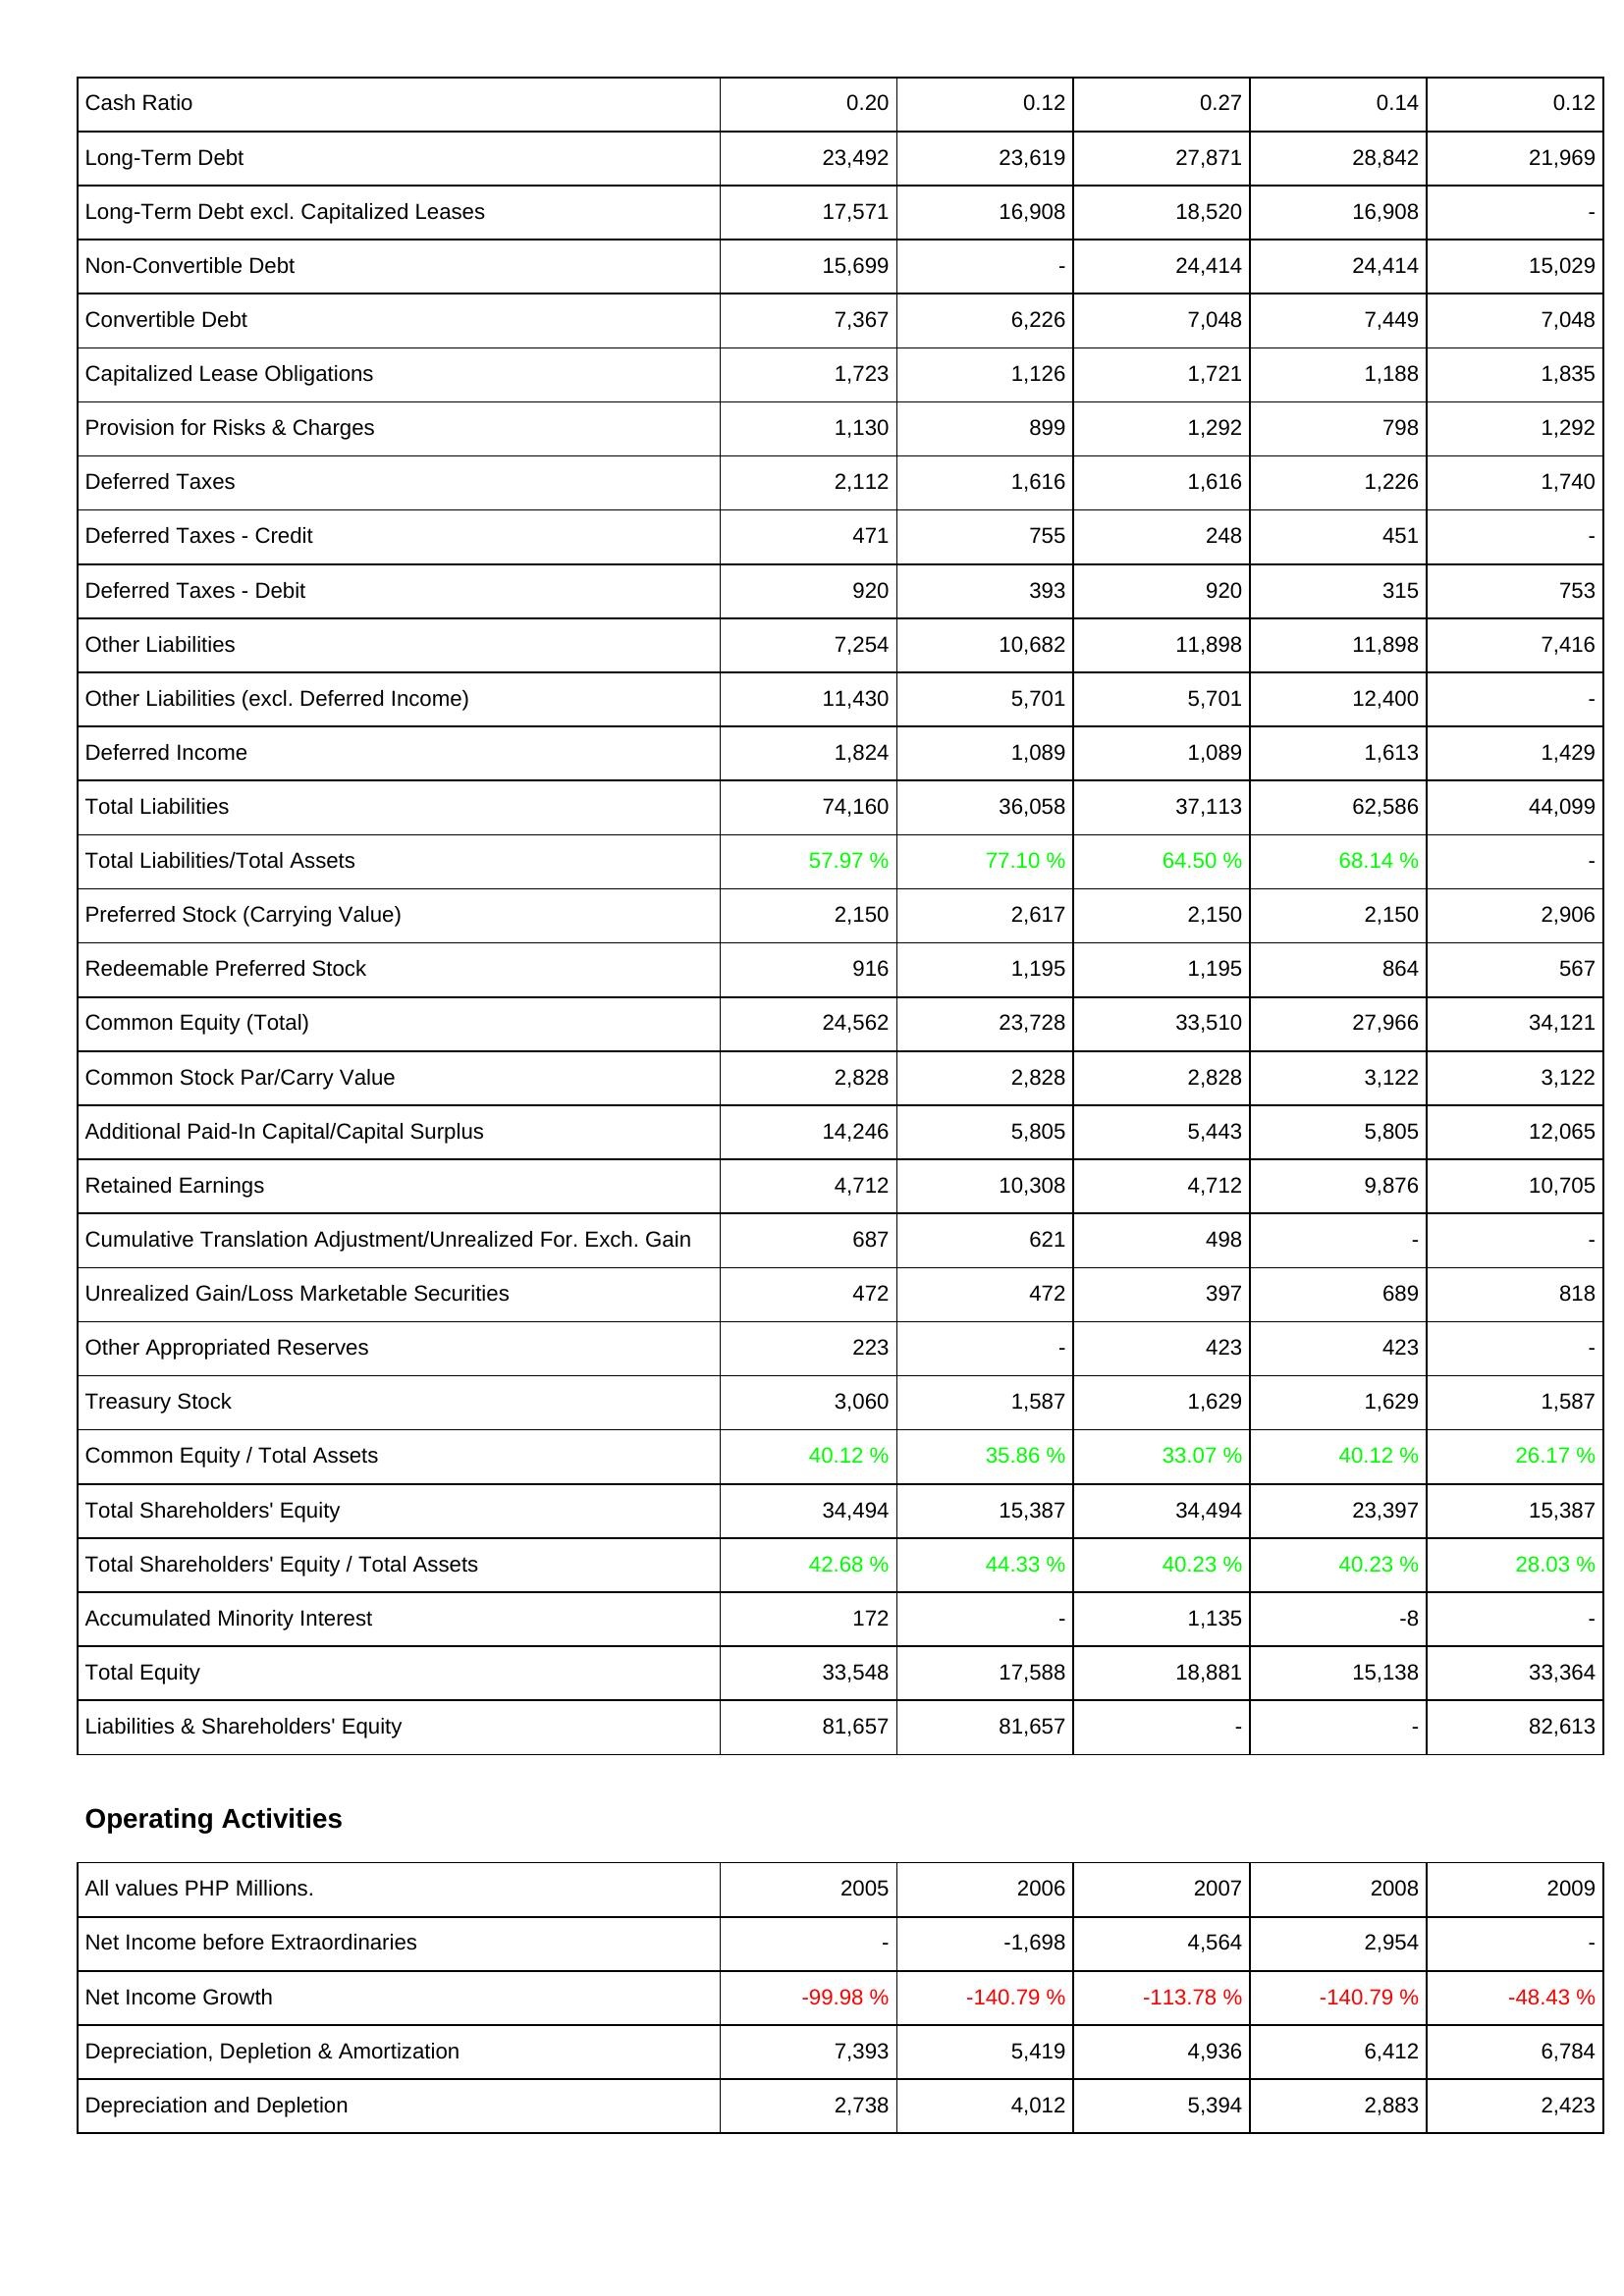
2005: Liabilities & Shareholders' Equity: Cash Ratio: 0.20
Long-Term Debt: 23,492
Long-Term Debt excl. Capitalized Leases: 17,571
Non-Convertible Debt: 15,699
Convertible Debt: 7,367
Capitalized Lease Obligations: 1,723
Provision for Risks & Charges: 1,130
Deferred Taxes: 2,112
Deferred Taxes - Credit: 471
Deferred Taxes - Debit: 920
Other Liabilities: 7,254
Other Liabilities (excl. Deferred Income): 11,430
Deferred Income: 1,824
Total Liabilities: 74,160
Total Liabilities/Total Assets: 57.97 %
Preferred Stock (Carrying Value): 2,150
Redeemable Preferred Stock: 916
Common Equity (Total): 24,562
Common Stock Par/Carry Value: 2,828
Additional Paid-In Capital/Capital Surplus: 14,246
Retained Earnings: 4,712
Cumulative Translation Adjustment/Unrealized For. Exch. Gain: 687
Unrealized Gain/Loss Marketable Securities: 472
Other Appropriated Reserves: 223
Treasury Stock: 3,060
Common Equity / Total Assets: 40.12 %
Total Shareholders' Equity: 34,494
Total Shareholders' Equity / Total Assets: 42.68 %
Accumulated Minority Interest: 172
Total Equity: 33,548
Liabilities & Shareholders' Equity: 81,657
Operating Activities: Net Income before Extraordinaries: -
Net Income Growth: -99.98 %
Depreciation, Depletion & Amortization: 7,393
Depreciation and Depletion: 2,738
2006: Liabilities & Shareholders' Equity: Cash Ratio: 0.12
Long-Term Debt: 23,619
Long-Term Debt excl. Capitalized Leases: 16,908
Non-Convertible Debt: -
Convertible Debt: 6,226
Capitalized Lease Obligations: 1,126
Provision for Risks & Charges: 899
Deferred Taxes: 1,616
Deferred Taxes - Credit: 755
Deferred Taxes - Debit: 393
Other Liabilities: 10,682
Other Liabilities (excl. Deferred Income): 5,701
Deferred Income: 1,089
Total Liabilities: 36,058
Total Liabilities/Total Assets: 77.10 %
Preferred Stock (Carrying Value): 2,617
Redeemable Preferred Stock: 1,195
Common Equity (Total): 23,728
Common Stock Par/Carry Value: 2,828
Additional Paid-In Capital/Capital Surplus: 5,805
Retained Earnings: 10,308
Cumulative Translation Adjustment/Unrealized For. Exch. Gain: 621
Unrealized Gain/Loss Marketable Securities: 472
Other Appropriated Reserves: -
Treasury Stock: 1,587
Common Equity / Total Assets: 35.86 %
Total Shareholders' Equity: 15,387
Total Shareholders' Equity / Total Assets: 44.33 %
Accumulated Minority Interest: -
Total Equity: 17,588
Liabilities & Shareholders' Equity: 81,657
Operating Activities: Net Income before Extraordinaries: -1,698
Net Income Growth: -140.79 %
Depreciation, Depletion & Amortization: 5,419
Depreciation and Depletion: 4,012
2007: Liabilities & Shareholders' Equity: Cash Ratio: 0.27
Long-Term Debt: 27,871
Long-Term Debt excl. Capitalized Leases: 18,520
Non-Convertible Debt: 24,414
Convertible Debt: 7,048
Capitalized Lease Obligations: 1,721
Provision for Risks & Charges: 1,292
Deferred Taxes: 1,616
Deferred Taxes - Credit: 248
Deferred Taxes - Debit: 920
Other Liabilities: 11,898
Other Liabilities (excl. Deferred Income): 5,701
Deferred Income: 1,089
Total Liabilities: 37,113
Total Liabilities/Total Assets: 64.50 %
Preferred Stock (Carrying Value): 2,150
Redeemable Preferred Stock: 1,195
Common Equity (Total): 33,510
Common Stock Par/Carry Value: 2,828
Additional Paid-In Capital/Capital Surplus: 5,443
Retained Earnings: 4,712
Cumulative Translation Adjustment/Unrealized For. Exch. Gain: 498
Unrealized Gain/Loss Marketable Securities: 397
Other Appropriated Reserves: 423
Treasury Stock: 1,629
Common Equity / Total Assets: 33.07 %
Total Shareholders' Equity: 34,494
Total Shareholders' Equity / Total Assets: 40.23 %
Accumulated Minority Interest: 1,135
Total Equity: 18,881
Liabilities & Shareholders' Equity: -
Operating Activities: Net Income before Extraordinaries: 4,564
Net Income Growth: -113.78 %
Depreciation, Depletion & Amortization: 4,936
Depreciation and Depletion: 5,394
2008: Liabilities & Shareholders' Equity: Cash Ratio: 0.14
Long-Term Debt: 28,842
Long-Term Debt excl. Capitalized Leases: 16,908
Non-Convertible Debt: 24,414
Convertible Debt: 7,449
Capitalized Lease Obligations: 1,188
Provision for Risks & Charges: 798
Deferred Taxes: 1,226
Deferred Taxes - Credit: 451
Deferred Taxes - Debit: 315
Other Liabilities: 11,898
Other Liabilities (excl. Deferred Income): 12,400
Deferred Income: 1,613
Total Liabilities: 62,586
Total Liabilities/Total Assets: 68.14 %
Preferred Stock (Carrying Value): 2,150
Redeemable Preferred Stock: 864
Common Equity (Total): 27,966
Common Stock Par/Carry Value: 3,122
Additional Paid-In Capital/Capital Surplus: 5,805
Retained Earnings: 9,876
Cumulative Translation Adjustment/Unrealized For. Exch. Gain: -
Unrealized Gain/Loss Marketable Securities: 689
Other Appropriated Reserves: 423
Treasury Stock: 1,629
Common Equity / Total Assets: 40.12 %
Total Shareholders' Equity: 23,397
Total Shareholders' Equity / Total Assets: 40.23 %
Accumulated Minority Interest: -8
Total Equity: 15,138
Liabilities & Shareholders' Equity: -
Operating Activities: Net Income before Extraordinaries: 2,954
Net Income Growth: -140.79 %
Depreciation, Depletion & Amortization: 6,412
Depreciation and Depletion: 2,883
2009: Liabilities & Shareholders' Equity: Cash Ratio: 0.12
Long-Term Debt: 21,969
Long-Term Debt excl. Capitalized Leases: -
Non-Convertible Debt: 15,029
Convertible Debt: 7,048
Capitalized Lease Obligations: 1,835
Provision for Risks & Charges: 1,292
Deferred Taxes: 1,740
Deferred Taxes - Credit: -
Deferred Taxes - Debit: 753
Other Liabilities: 7,416
Other Liabilities (excl. Deferred Income): -
Deferred Income: 1,429
Total Liabilities: 44,099
Total Liabilities/Total Assets: -
Preferred Stock (Carrying Value): 2,906
Redeemable Preferred Stock: 567
Common Equity (Total): 34,121
Common Stock Par/Carry Value: 3,122
Additional Paid-In Capital/Capital Surplus: 12,065
Retained Earnings: 10,705
Cumulative Translation Adjustment/Unrealized For. Exch. Gain: -
Unrealized Gain/Loss Marketable Securities: 818
Other Appropriated Reserves: -
Treasury Stock: 1,587
Common Equity / Total Assets: 26.17 %
Total Shareholders' Equity: 15,387
Total Shareholders' Equity / Total Assets: 28.03 %
Accumulated Minority Interest: -
Total Equity: 33,364
Liabilities & Shareholders' Equity: 82,613
Operating Activities: Net Income before Extraordinaries: -
Net Income Growth: -48.43 %
Depreciation, Depletion & Amortization: 6,784
Depreciation and Depletion: 2,423